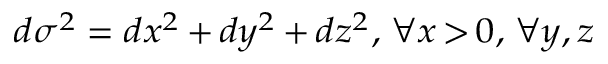
\scriptstyle d \sigma ^ { 2 } \; = \; d x ^ { 2 } \, + \, d y ^ { 2 } \, + \, d z ^ { 2 } , \; \forall x \, > \, 0 , \; \forall y , \, z